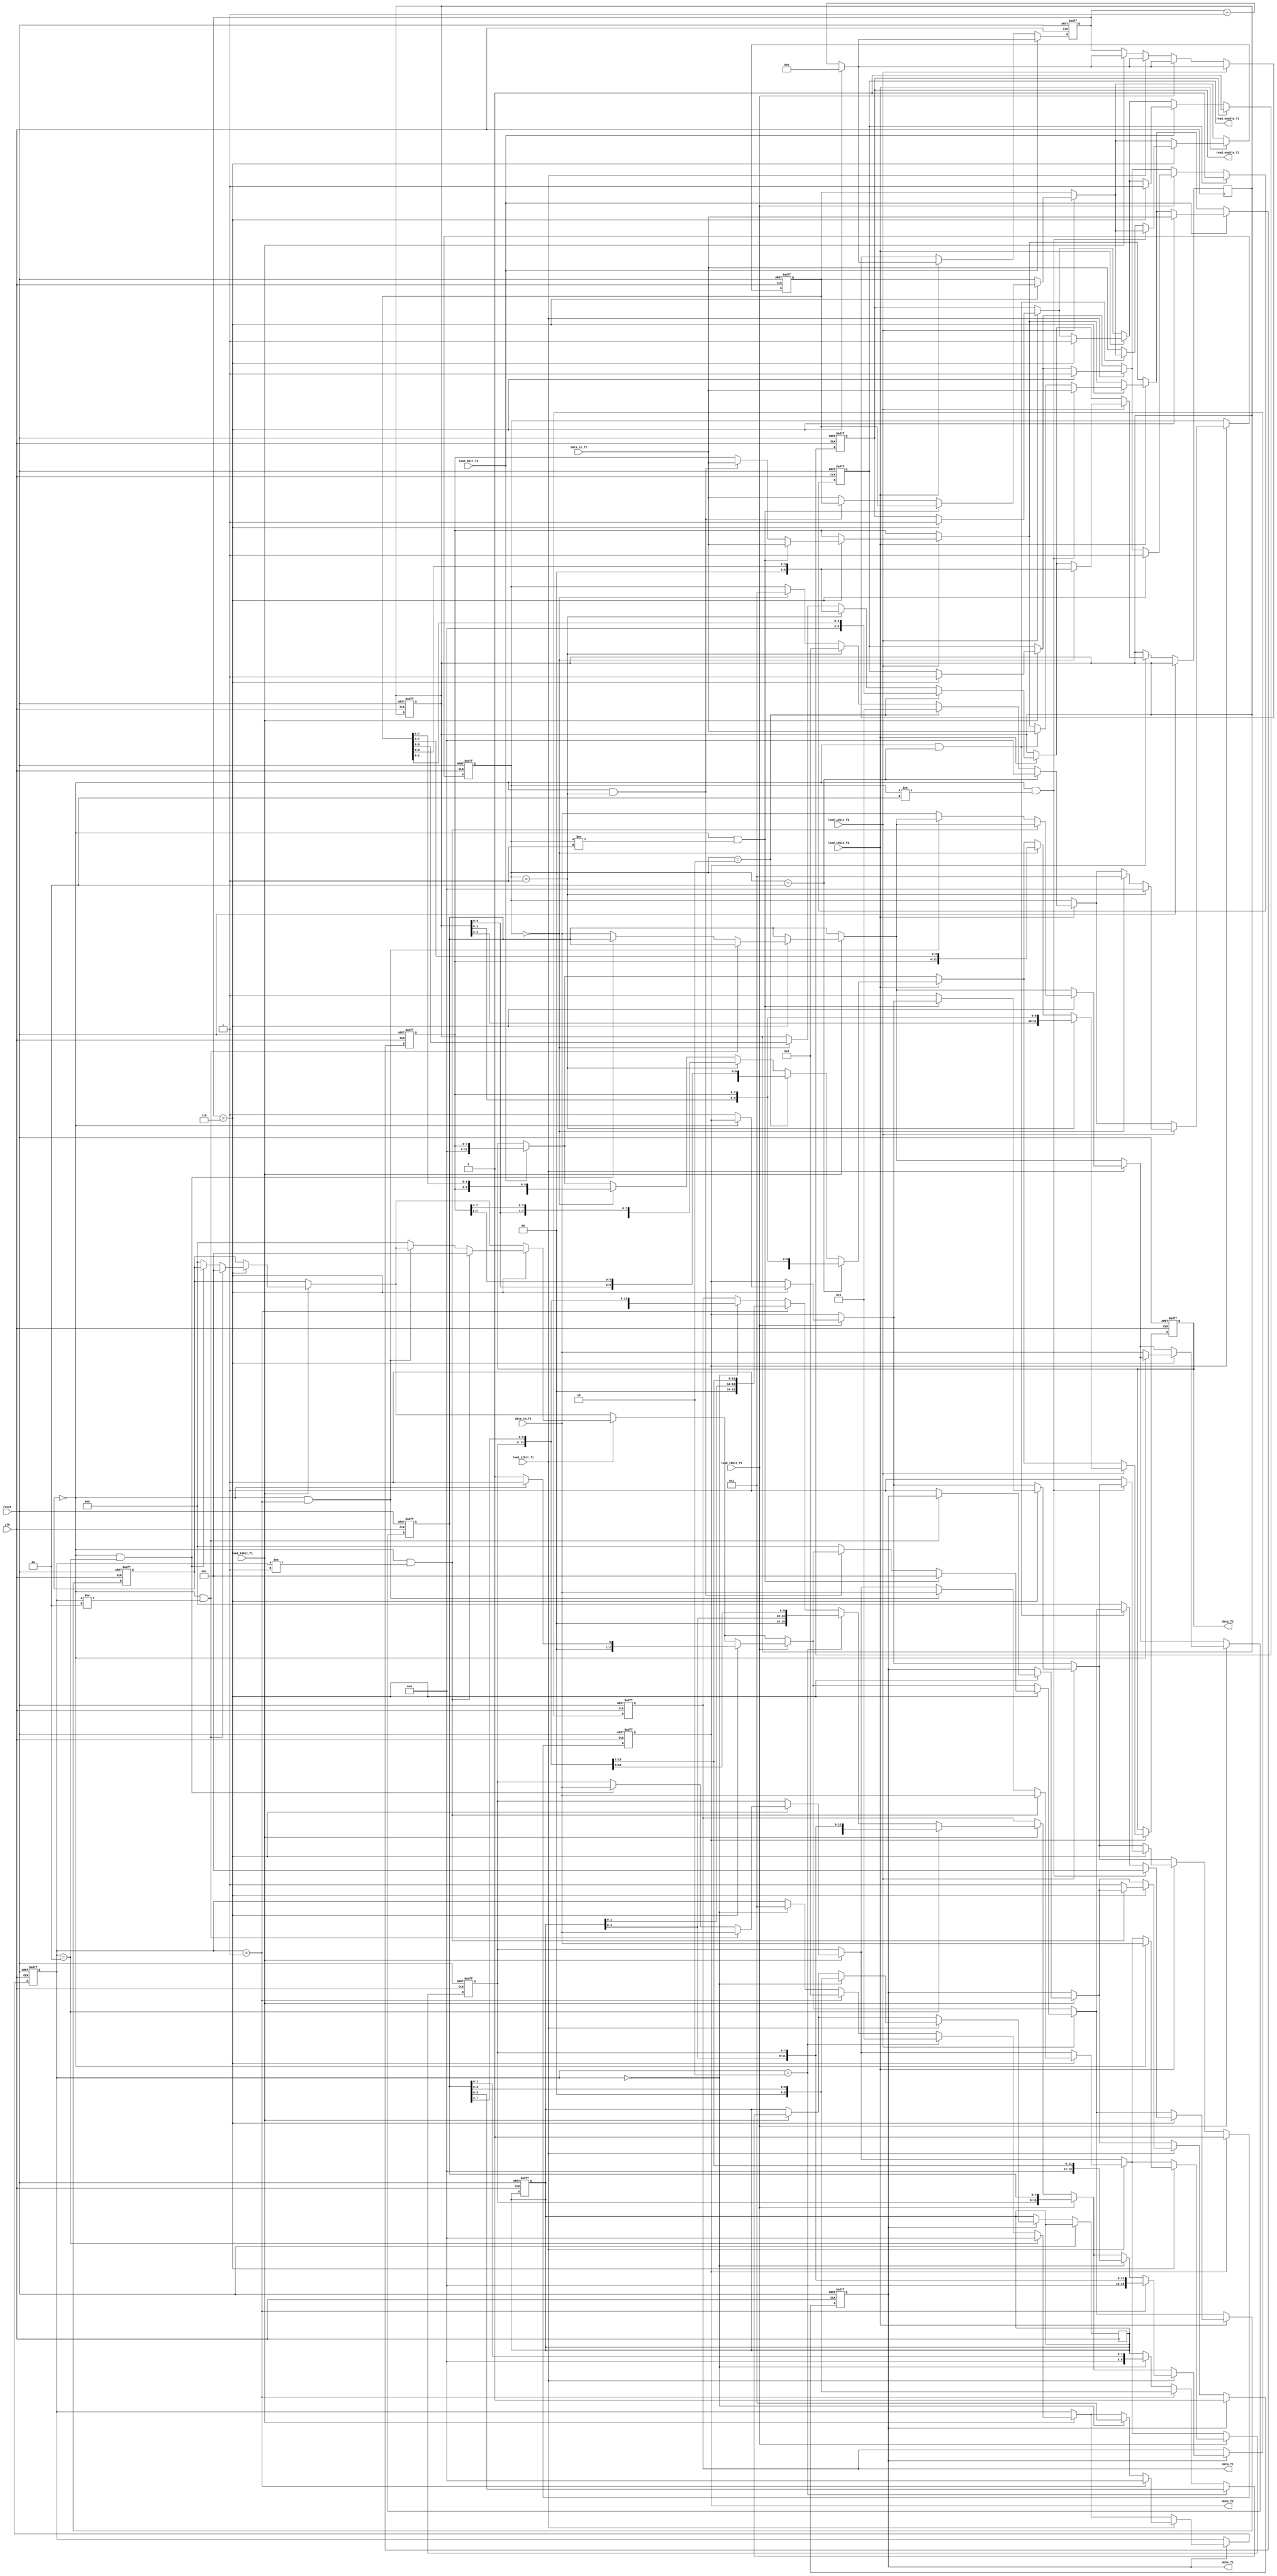
module sent_tx_data_reg(
	//clk and reset
	input clk,
	input reset,

	//signals to control block
	input load_14bit_f1,
	input load_12bit_f1,
	input load_16bit_f1,
	input load_8bit_f2,
	input load_10bit_f2,
	input load_12bit_f2,

	output reg [15:0] data_f1,
	output reg [11:0] data_f2,
	output reg read_enable_f1,
	output reg read_enable_f2,
	output reg done_f1,	
	output reg done_f2,

	//signals to fifo
	input [7:0] data_in_f1,
	input [7:0] data_in_f2
	);

	reg [4:0] count_enable;
	reg [2:0] count_store;

	reg [7:0] saved_data1;
	reg [7:0] saved_data2;
	reg [5:0] store_data1;
	reg [7:0] saved_data3;
	reg [7:0] saved_data4;
	reg [5:0] store_data2;

	reg [3:0] count_data_f1;
	reg [3:0] count_data_f2;
	
	//CONTROL
	always @(posedge clk or posedge reset) begin
		if(reset) begin
			count_enable <= 0;
			read_enable_f1 <= 0;
			read_enable_f2 <= 0;

			saved_data1 <= 0;
			saved_data2 <= 0;
			store_data1 <= 0;
			saved_data3 <= 0;
			saved_data4 <= 0;
			store_data2 <= 0;

			done_f1 <= 0;
			done_f2 <= 0;

			count_store <= 0;
			
		end
		else begin
			if(load_14bit_f1) begin
				if(count_enable == 6) begin
					read_enable_f1 <= 1;
					count_enable <= 0;
					if(!count_store && count_data_f1 != 3) begin
						saved_data1 <= data_in_f1; 
						count_store <= 1; 
					end else if(!count_store && count_data_f1 == 3) begin
						saved_data1 <= data_in_f1; 
						done_f1 <= 1;
					end else begin 
						saved_data2 <= data_in_f1; 
						count_store <= 0; 
						done_f1 <= 1; 
					end
				end
				else begin count_enable <= count_enable + 1; end
			end

			if(load_12bit_f1) begin
				if(count_enable == 6) begin
					read_enable_f1 <= 1;
					count_enable <= 0;
					if(!count_store && count_data_f1 != 1) begin
						saved_data1 <= data_in_f1; 
						count_store <= 1; 
					end else if(!count_store && count_data_f1 == 1) begin
						saved_data1 <= data_in_f1; 
						done_f1 <= 1;
					end else begin 
						saved_data2 <= data_in_f1; 
						count_store <= 0; 
						done_f1 <= 1; 
					end
				end
				else begin count_enable <= count_enable + 1; end
			end

			if(load_16bit_f1) begin
				if(count_enable == 6) begin
					read_enable_f1 <= 1;
					count_enable <= 0;
					if(!count_store) begin
						saved_data1 <= data_in_f1; 
						count_store <= 1; 
					end else begin 
						saved_data2 <= data_in_f1; 
						count_store <= 0; 
						done_f2 <= 1; 
					end
				end
				else begin count_enable <= count_enable + 1; end
			end

			if(load_12bit_f2) begin
				if(count_enable == 6) begin
					read_enable_f2 <= 1;
					count_enable <= 0;
					if(!count_store && count_data_f2 != 1) begin
						saved_data3 <= data_in_f2; 
						count_store <= 1; 
					end else if(!count_store && count_data_f2 == 1) begin
						saved_data3 <= data_in_f2; 
						done_f2 <= 1;
					end else begin 
						saved_data4 <= data_in_f2; 
						count_store <= 0; 
						done_f2 <= 1; 
					end
				end
				else begin count_enable <= count_enable + 1; end
			end	

			if(load_10bit_f2) begin
				if(count_enable == 6) begin
					read_enable_f2 <= 1;
					count_enable <= 0;
					if(!count_store && count_data_f2 != 3) begin
						saved_data3 <= data_in_f2; 
						count_store <= 1; 
					end else if(!count_store && count_data_f2 == 3) begin
						saved_data3 <= data_in_f2; 
						done_f2 <= 1;
					end else begin 
						saved_data4 <= data_in_f2; 
						count_store <= 0; 
						done_f2 <= 1; 
					end
				end
				else begin count_enable <= count_enable + 1; end
			end	

			if(load_8bit_f2) begin
				if(count_enable == 6) begin
					read_enable_f2 <= 1;
					count_enable <= 0;
					saved_data3 <= data_in_f2; 
				end
				else begin count_enable <= count_enable + 1; end
			end	

			if(done_f1) done_f1 <= 0;
			if(read_enable_f1) read_enable_f1 <= 0;
			if(done_f2) done_f2 <= 0;
			if(read_enable_f2) read_enable_f2 <= 0;
		end
	
	end

	//DATA
	always @(negedge clk or posedge reset) begin
		if(reset) begin
			count_data_f1 <= 0;
			count_data_f2 <= 0;
			data_f1 <= 0;
			data_f2 <= 0;
		end
		else begin
			//data fast channel 1
			if(done_f1) begin 
				if(load_14bit_f1) begin
					if(count_data_f1 == 0)begin data_f1 <= {saved_data1, saved_data2[7:2]}; store_data1 <= saved_data2[1:0]; count_data_f1 <= 1; end
					if(count_data_f1 == 1)begin data_f1 <= {store_data1[1:0],saved_data1, saved_data2[7:4]}; store_data1 <= saved_data2[3:0]; count_data_f1 <= 2; end
					if(count_data_f1 == 2)begin data_f1 <= {store_data1[3:0],saved_data1,saved_data2[7:6]}; store_data1 <= saved_data2[5:0]; count_data_f1 <= 3; end
					if(count_data_f1 == 3)begin data_f1 <= {store_data1,saved_data1}; count_data_f1 <= 0; end
				end

				if(load_16bit_f1) begin data_f1 <= {saved_data1, saved_data2}; end
				
				if(load_12bit_f1) begin
					if(count_data_f1 == 0)begin data_f1 <= {saved_data1, saved_data2[7:4]}; store_data1 <= saved_data2[3:0]; count_data_f1 <= 1; end
					if(count_data_f1 == 1)begin data_f1 <= {store_data1[3:0], saved_data1}; count_data_f1 <= 0; end
				end
			end
	
			//data fast channel 2
			if(done_f2) begin 
				if(load_8bit_f2) begin data_f2 <= saved_data3; end

				if(load_10bit_f2) begin 
					if(count_data_f2 == 0) begin data_f2 <= {saved_data3, saved_data4[7:6]}; store_data2 <= saved_data4[5:0]; count_data_f2 <= 1; end
					if(count_data_f2 == 1) begin data_f2 <= {store_data2, saved_data3[7:4]}; store_data2 <= saved_data4[3:0]; count_data_f2 <= 2; end
					if(count_data_f2 == 2) begin data_f2 <= {store_data2[3:0], saved_data3[7:2]}; store_data2 <= saved_data4[1:0]; count_data_f2 <= 3; end
					if(count_data_f2 == 3) begin data_f2 <= {store_data2[1:0], saved_data3}; count_data_f2 <= 0; end
				end
				if(load_12bit_f2) begin
					if(count_data_f2 == 0)begin data_f2 <= {saved_data3, saved_data4[7:4]}; store_data2 <= saved_data4[3:0]; count_data_f2 <= 1; end
					if(count_data_f2 == 1)begin data_f2 <= {store_data2[3:0], saved_data3}; count_data_f2 <= 0; end
				end
			end
		end
	end
endmodule